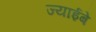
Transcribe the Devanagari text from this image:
ज्याईबे